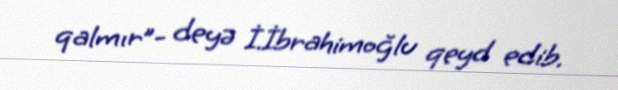
qalmır”- deyə İ.İbrahimoğlu qeyd edib.